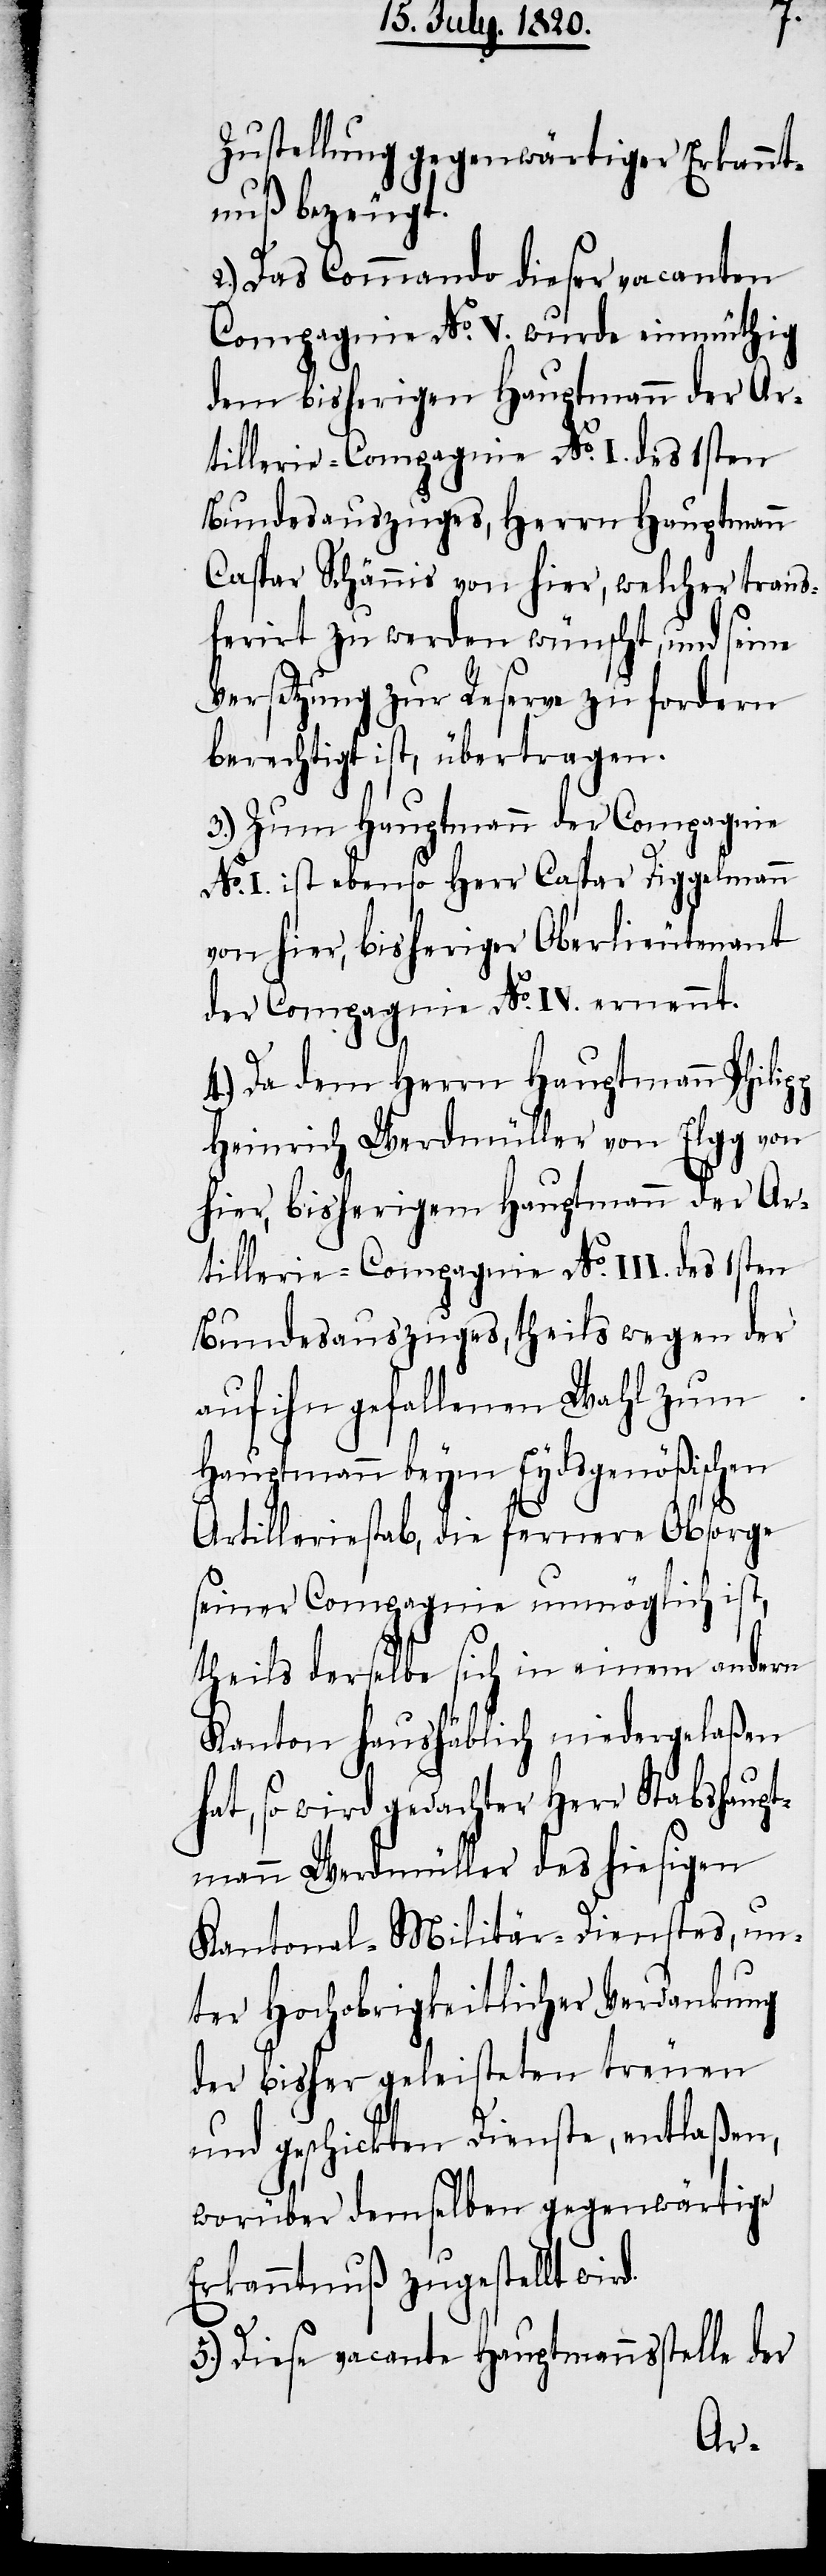
Zustellung gegenwärtiger Erkannt¬
nuß bezeugt.
Das Commando dieser vacanten
Compagnie No. V. wurde einmüthig
dem bisherigen Hauptmann der Ar¬
tillerie-Compagnie No. I. des 1sten
Bundesauszuges, Herrn Hauptmann
Caspar Schännis von hier, welcher trans¬
ferirt zu werden wünscht, und seine
Versetzung zur Reserve zu fordern
berechtigt ist, übertragen.
3.) Zum Hauptmann der Compagnie
No. I. ist ebenso Herr Caspar Dippelmann
von hier, bisheriger Oberlieutenant
der Compagnie No. IV. ernennt.
4.) Da dem Herrn Hauptmann Phili¬
Heinrich Werdmüller von Elgg von
hier, bisherigem Hauptmann der Ar¬
tillerie-Compagnie No. III. des 1sten
Bundesauszuges, theils wegen der
auf ihn gefallenen Wahl zum
Hauptmann beym Eydsgenößischen
Artilleriestab, die fernere Obsorge
seiner Compagnie unmöglich ist,
theils derselbe sich in einem andern
Kanton haushäblich niedergelaßen
hat, so wird gedachter Herr Stabshaupt¬
mann Werdmüller des hiesigen
Kantonal-Militär-Dienstes, un¬
ter Hochobrigkeitlicher Verdankung
der bisher geleisteten treuen
und geschickten Dienste, entlaßen,
worüber demselben gegenwärtige
Erkanntnuß zugestellt wird.
5.) Diese vacante Hauptmannsstelle der
pp